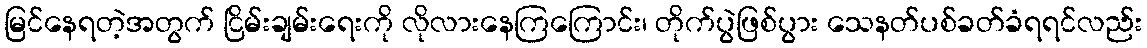
မြင်နေရတဲ့အတွက် ငြိမ်းချမ်းရေးကို လိုလားနေကြကြောင်း၊ တိုက်ပွဲဖြစ်ပွား သေနတ်ပစ်ခတ်ခံရရင်လည်း